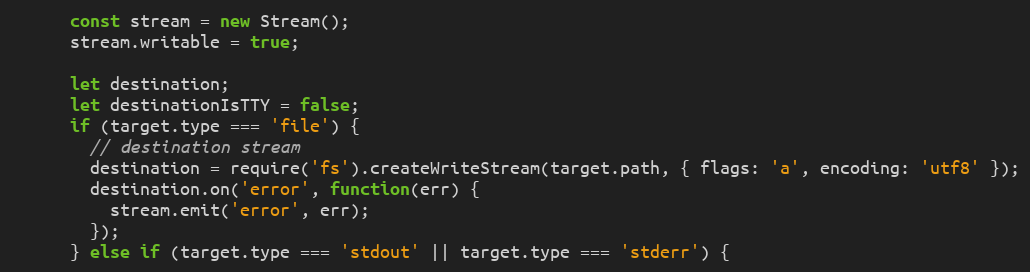
Language: JavaScript
      const stream = new Stream();
      stream.writable = true;

      let destination;
      let destinationIsTTY = false;
      if (target.type === 'file') {
        // destination stream
        destination = require('fs').createWriteStream(target.path, { flags: 'a', encoding: 'utf8' });
        destination.on('error', function(err) {
          stream.emit('error', err);
        });
      } else if (target.type === 'stdout' || target.type === 'stderr') {